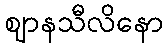
ဈာနသီလိနော